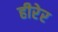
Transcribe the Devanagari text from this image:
हीरेर